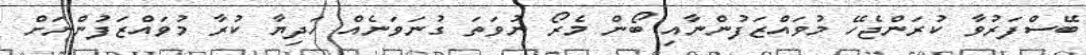
ބޭސްފަރުވާ ކުރަންޖެހޭ މުވައްޒަފުންނާއި ބޯން މެރޯ ނުވަތަ ގުނަވަނެއް ހަދިޔާ ކުރާ މުވައްޒަފުންނަށް